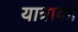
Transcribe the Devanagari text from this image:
यात्राको